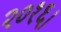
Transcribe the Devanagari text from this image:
२०१६।